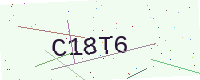
Text: C18T6